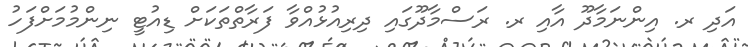
އަދި ރ. އިންނަމާދޫ އާއި ރ. ރަސްމާދޫގައި ދިރިއުޅުއްވާ ފަރާތްތަކަށް ޑިއުޓީ ނިންމުމަށްފަހު